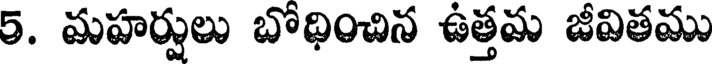
5. మహర్షులు బోధించిన ఉత్తమ జీవితము